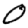
Digit: 0